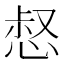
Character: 惄